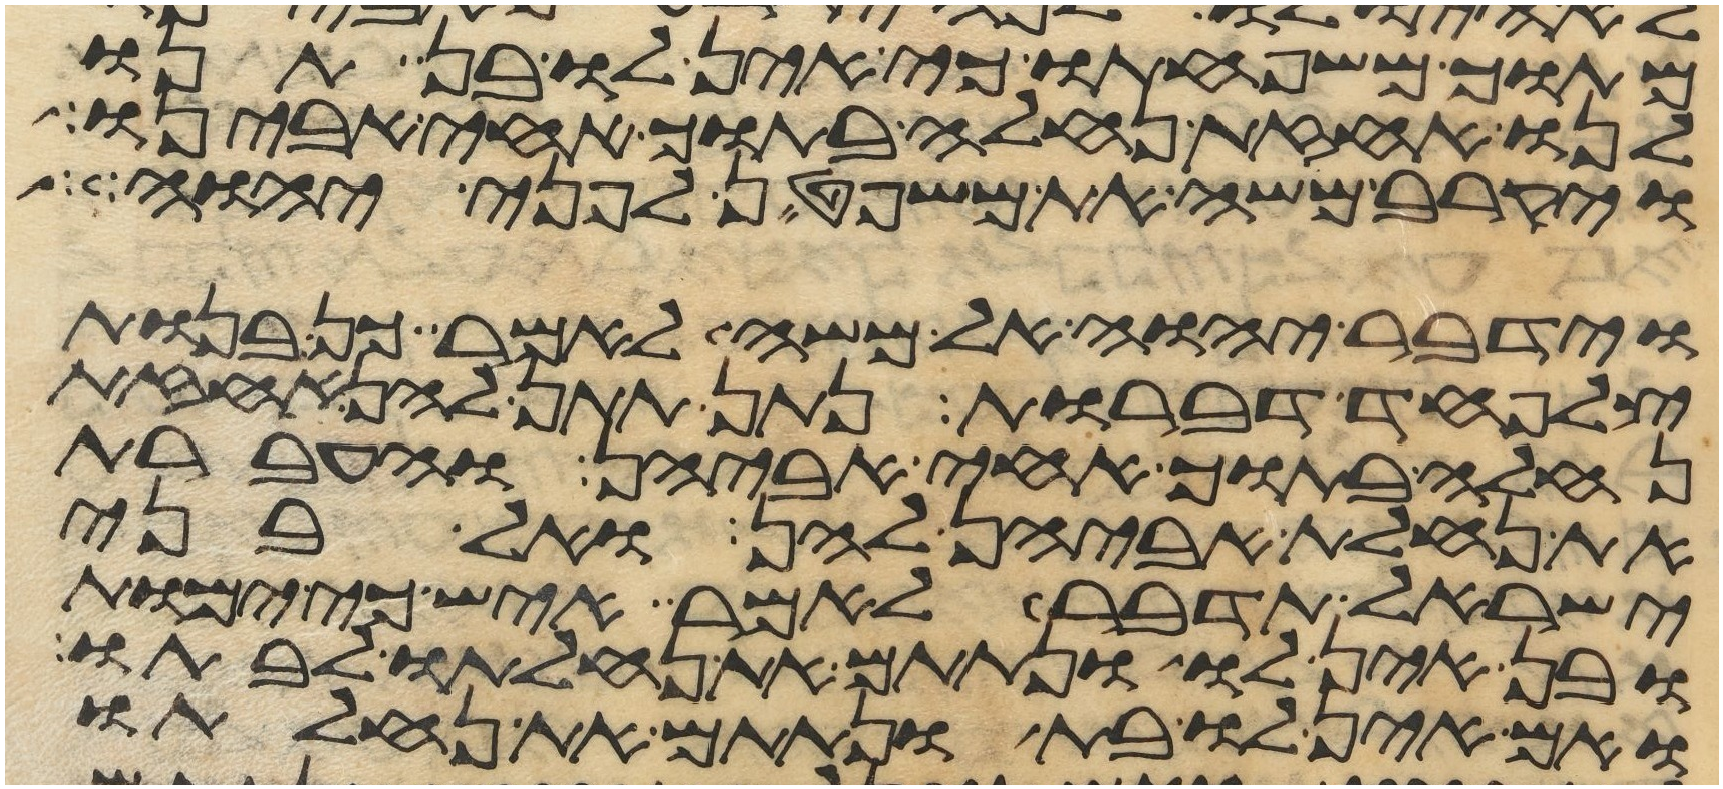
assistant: מתוך משפחתו כי אין לו בן תנו
לנו אחזת נחלה בתוך אחי אבינו
ויקרב משה את משפטן לפני יהוה
וידבר יהוה אל משה לאמר כן בנות
צלפחד דברות נתן תתן להן אחזת
נחלה בתוך אחי אביהן והעברת
את נחלת אביהן להן ואל בני
ישראל תדבר לאמר איש כי ימות
ובן אין לו ונתתם את נחלתו לבתו
ואם אין לו בת ונתתם את נחלתו